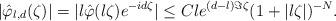
LaTeX: \begin{align*} |\hat{\varphi}_{l,d}(\zeta)|=|l\hat{\varphi}(l\zeta)e^{-id\zeta}|\leq Cle^{(d-l)\Im\zeta}(1+|l\zeta|)^{-N}.\end{align*}